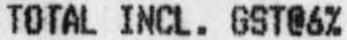
TOTAL INCL. GST@6%